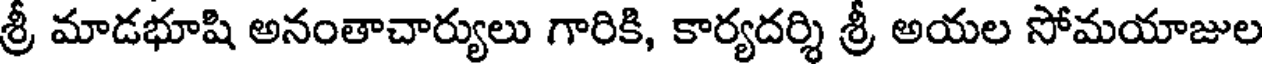
శ్రీ మాడభూషి అనంతాచార్యులు గారికి, కార్యదర్శి శ్రీ అయల సోమయాజుల